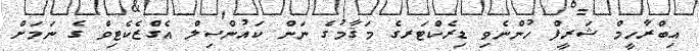
އިބްރާހީމް ޝަރީފް ހުންނެވި ޑިރެކްޓަރގެ މަޤާމުގެ ނަން ކައުންސިލް އެގްޒެކެޓިވް ގެ ނަމަށް